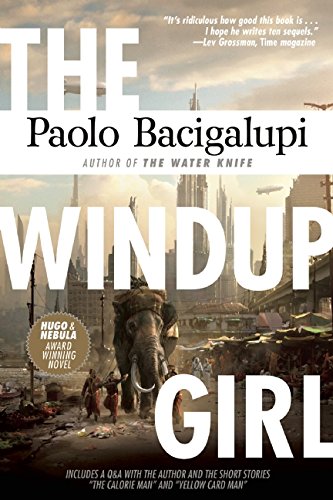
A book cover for The Windup Girl; Paolo Bacigalupi; Science Fiction & Fantasy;